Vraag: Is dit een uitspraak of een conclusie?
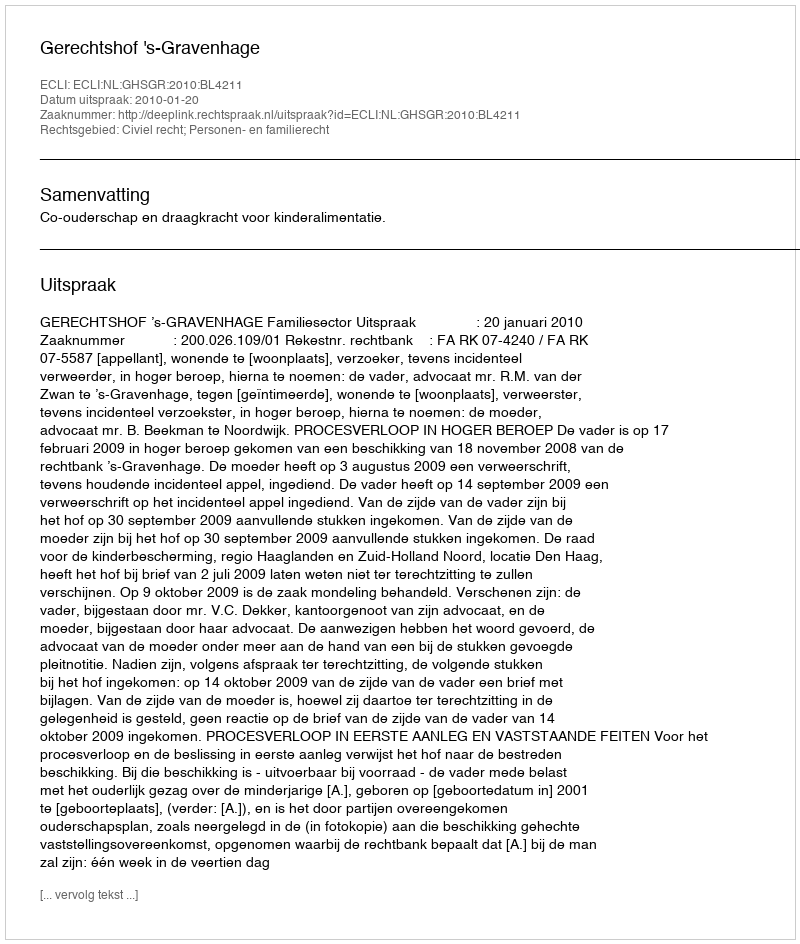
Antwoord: Uitspraak